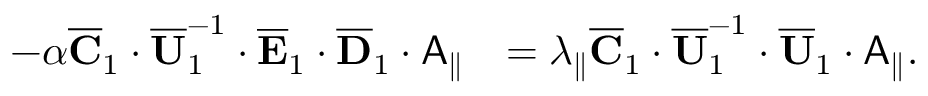
\begin{array} { r l } { - \alpha \overline { { \mathbf { C } } } _ { 1 } \cdot \overline { { \mathbf { U } } } _ { 1 } ^ { - 1 } \cdot \overline { { \mathbf { E } } } _ { 1 } \cdot \overline { { \mathbf { D } } } _ { 1 } \cdot \mathsf { A } _ { \parallel } } & { = \lambda _ { \parallel } \overline { { \mathbf { C } } } _ { 1 } \cdot \overline { { \mathbf { U } } } _ { 1 } ^ { - 1 } \cdot \overline { { \mathbf { U } } } _ { 1 } \cdot \mathsf { A } _ { \parallel } . } \end{array}